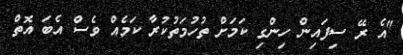
"އެ ރޭ ސިފައިން ހިންގި ކަމަށް ތުހުމަތުކުރާ ކަމެއް ވެސް އެބަ އޮތް